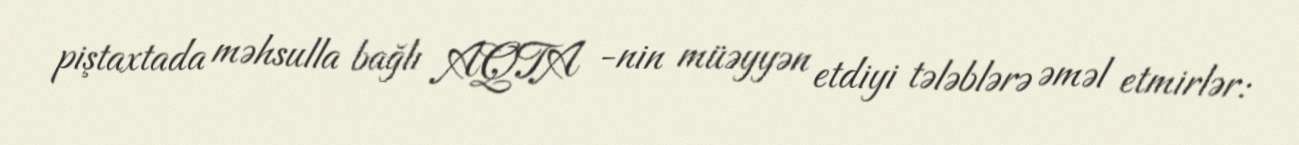
piştaxtada məhsulla bağlı AQTA -nin müəyyən etdiyi tələblərə əməl etmirlər: